Report of the Municipal Commissioner on the plague in Bombay for the year ending 31st May... - Volume 1
Disease focus: Plague
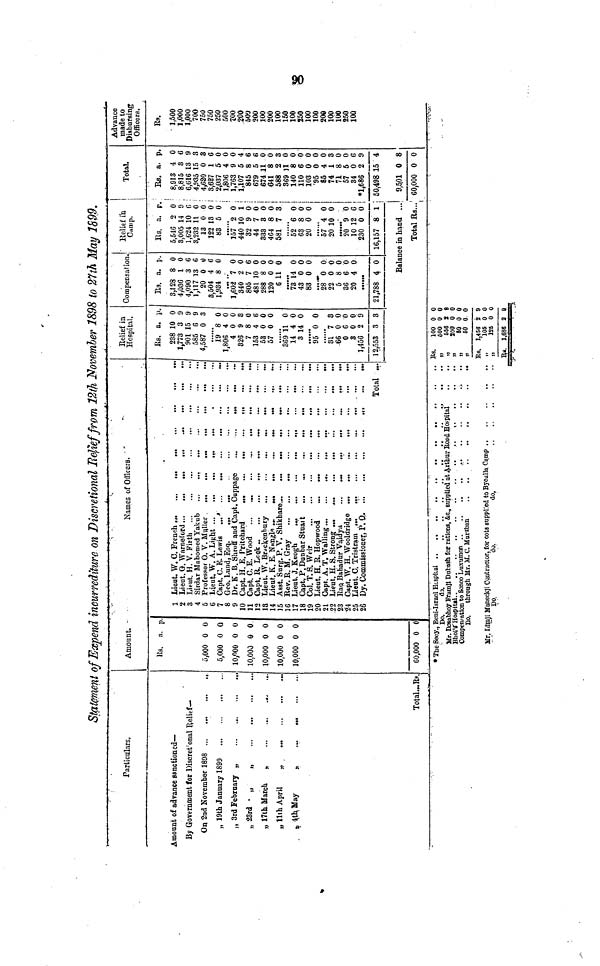
8
Statement of Expend incurrediture on Discretional Relief from 12th November 1898 to 27th May 1899.
Particulars.
Amount of advance sanctioned—
By Government for Discret onal Relief—
On 2nd November 1808 .
„ 19th January 1899
.,
„ 3rd February „
„ 23rd • M
„
„ 17th March
»
„
„llih April
„
Total.«Rp,
Amount.
lîs. a. p
5000 0 0
5,000 0 0
10,000 0 0
10,000 0 0
10,000 0 0
10,000 0 0
10,000 0 0
60,000 0 0
Names of Officers.
9 Dr. K. B. Shroff and Capt. Cuppage
14 Lieut, K. E. Nanglo ...
...
...
...
...
...
Total ...
Relief in
Hospital.
lis. a. p.
238 10 0
1,773 3 9
901 15 9
585 6 9
4,587 0 3
19 8 0
1,806 4 0
400
826 9 3
7 8 0
153 4 6
53 0 0
57 0 0
369 11 0
14 4 0
3 14 0
95 0 0
31 7 3
66 0 0
060
300
1,456 2 9
12,553 3 3
Compensation.
Es. a. j..
3,128 8 0
4,036 1 0
4.090 3 6
1.117 13 6
20 0 0
3.504 4 6
1,934 8 0
1,602 "7 0
340 2 0
805 7 6
481 10 0
288 8 0
120 0 0
CU O
73*74 0
43 0 0
83 0 0
28"**0 0
22 0 0
5 8 0
36 6 0
20 4 0
21,788 4 0
Relief in
Camp.
Us. a. p.
5,546 2 0
3,005 14 9
1,624 10 G
3,232 It 0
13 0 0
122 13 0
83 5 0
J67"*2 0
440 10 1
32 9 0
44 7 0
333 3 0
4C4 8 0
581 7 3.
1
52 6 0 i
63 8 0 !
20 0 0 j
57 "4 0 1
20 10 0
20"*9 0
10 12 6 !
230 0 0 i
16,157 8 1 ¡
Balance in hand ...
Total Rs...
Total.
Rs. a. p.
' ' 8,913 4 0
, 8,815 3 6
: 6,616 13 9
4,935 15 3
4,620 0 3
3,627 1 6
2,037 5 0
1,806 4 0
1,763 9 0
1,107 5 4
845 8 6
679 5 6
87411 0
641 8 0
588 2 3
369 11 0
140 8 0
110 6 0
103 0 0
'95 0 0
85 4 0
74 1 3
71 8 0
57 5 0
34 0 6
*1,686 2 9
50,498 15 4
9,501 0 8
60,000 0 0
Advance
made to
Disbursing
Officers.
B9.
1,500
1,000
1,000
700
750
750
250
500
ZOO
200
500
200
100
200
100
150
100
250
100
100
200
100
100
250
100
Mr. Dosabhoy PramJI Dubosh for rations, ¿c., supplied at Arthur Roui Hospital
Ho. through Mr. M. C. Muraban
Mr. Llmji Manecfcji contractor, for cota suppl
' Do
do.
led to Bycalla Camp
do.
.. Bs.
. . . . »j
Us.
,
SI
Rs.
100
600
656
SCO
SO
60
1,456
105
126
1,686
0
0
8
0
0
0
2
0
U
2
0
0
8
0
0
0
9
0
U
9